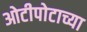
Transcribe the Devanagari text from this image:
ओटीपोटाच्या